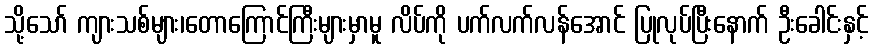
သို့သော် ကျားသစ်များ၊တောကြောင်ကြီးများမှာမူ လိပ်ကို ပက်လက်လန်အောင် ပြုလုပ်ပြီးနောက် ဦးခေါင်းနှင့်